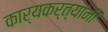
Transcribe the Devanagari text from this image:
कार्यकर्त्‍यांनी